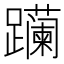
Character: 𬧛